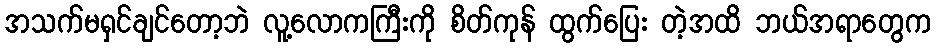
အသက်မရှင်ချင်တော့ဘဲ လူ့လောကကြီးကို စိတ်ကုန် ထွက်ပြေး တဲ့အထိ ဘယ်အရာတွေက